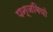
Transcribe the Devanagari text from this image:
पन्जबियो